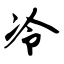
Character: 冷